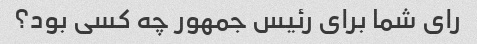
رای شما برای رئیس جمهور چه کسی بود؟